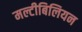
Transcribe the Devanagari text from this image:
मल्टीबिलियन